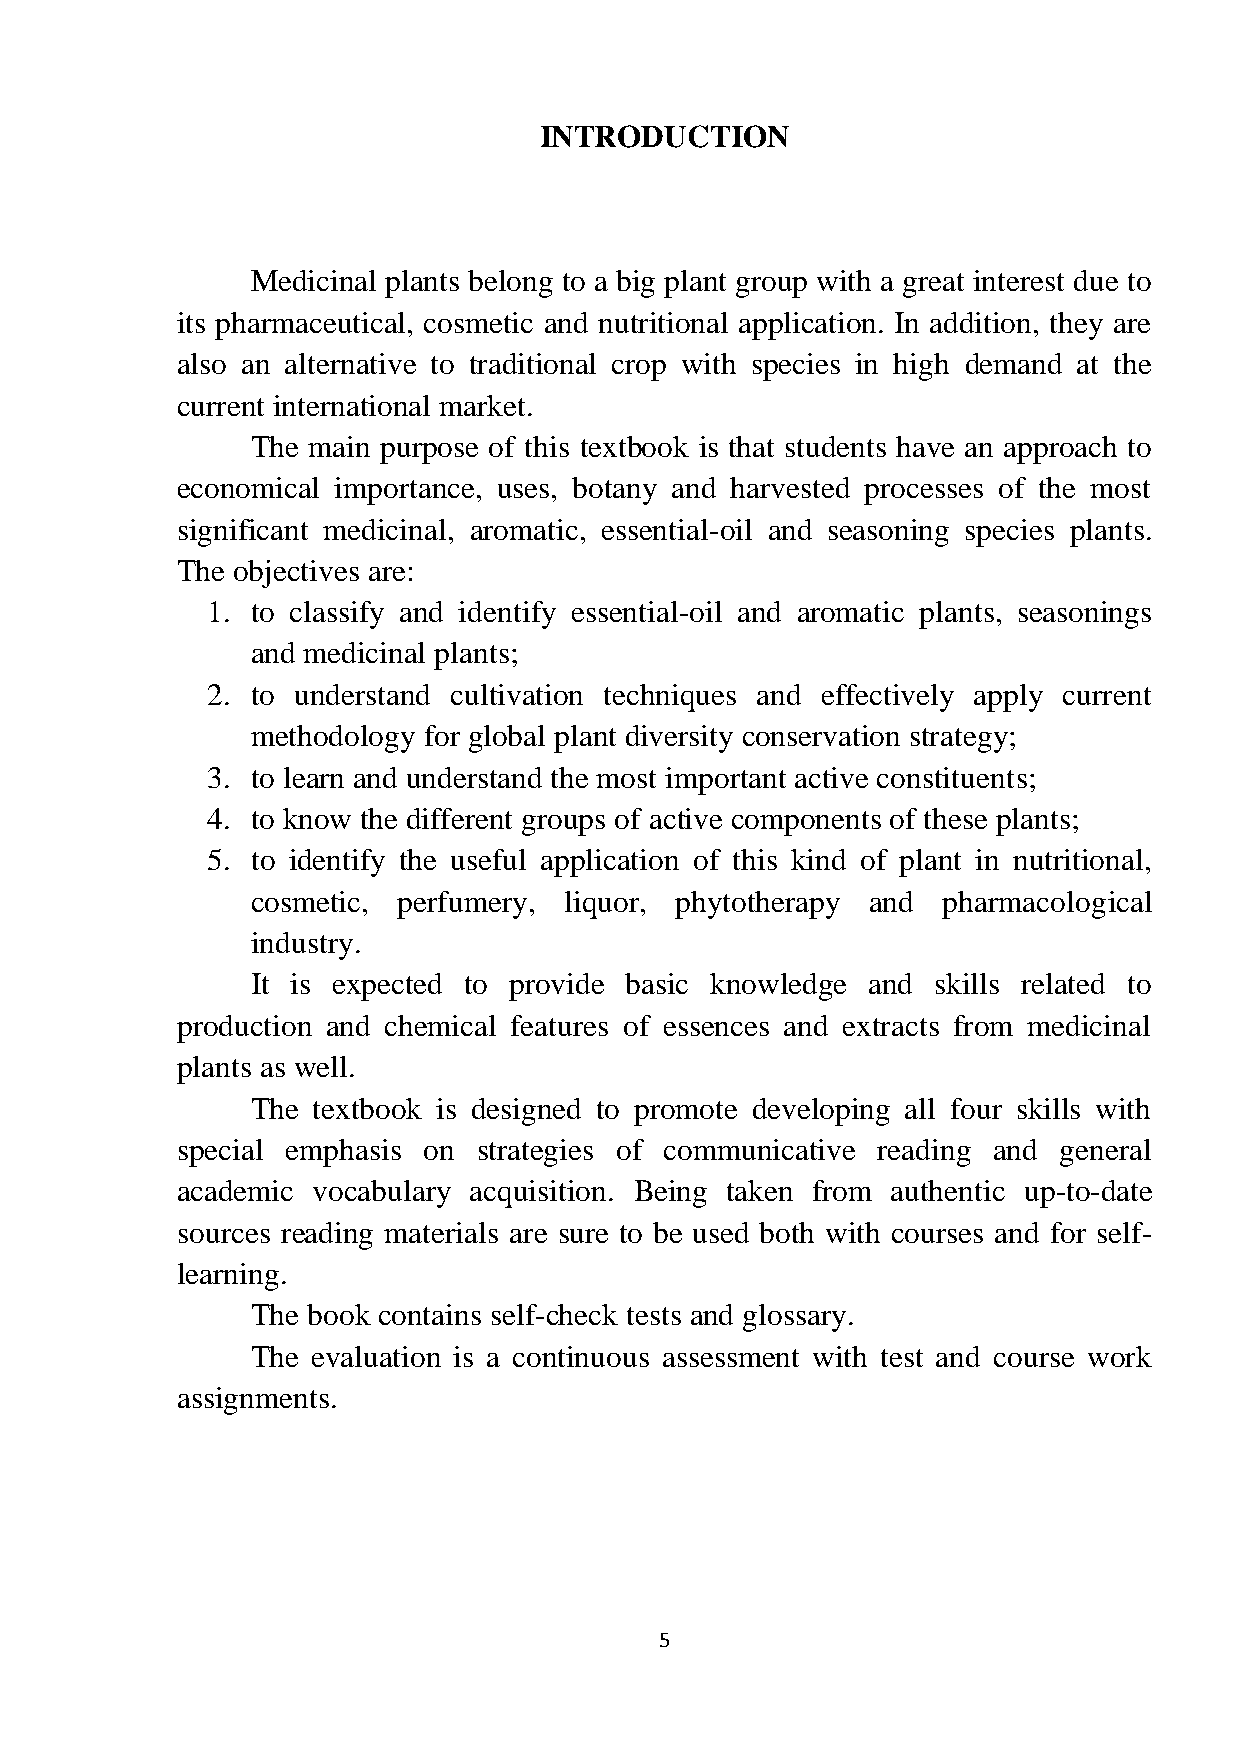
INTRODUCTION
 Medicinal plants belong to a big plant group with a great interest due to
 its pharmaceutical, cosmetic and nutritional application. In addition, they are
 also an alternative to traditional crop with species in high demand at the
 current international market.
 The main purpose of this textbook is that students have an approach to
 economical importance, uses, botany and harvested processes of the most
 significant medicinal, aromatic, essential-oil and seasoning species plants.
 The objectives are:
 1. to classify and identify essential-oil and aromatic plants, seasonings
 and medicinal plants;
 2. to understand cultivation techniques and effectively apply current
 methodology for global plant diversity conservation strategy;
 3. to learn and understand the most important active constituents;
 4. to know the different groups of active components of these plants;
 5. to identify the useful application of this kind of plant in nutritional,
 cosmetic, perfumery, liquor, phytotherapy and pharmacological
 industry.
 It is expected to provide basic knowledge and skills related to
 production and chemical features of essences and extracts from medicinal
 plants as well.
 The textbook is designed to promote developing all four skills with
 special emphasis on strategies of communicative reading and general
 academic vocabulary acquisition. Being taken from authentic up-to-date
 sources reading materials are sure to be used both with courses and for self-
 learning.
 The book contains self-check tests and glossary.
 The evaluation is a continuous assessment with test and course work
 assignments.
 5